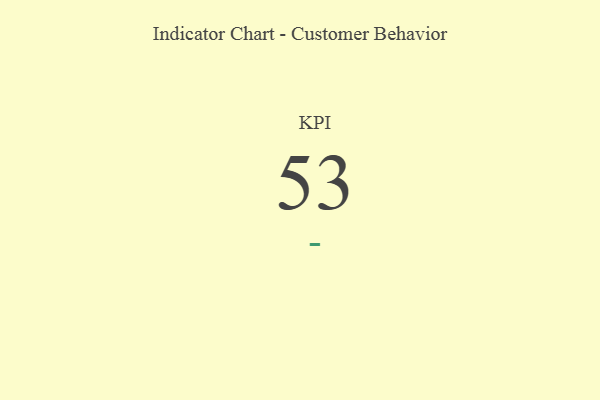
{"axis": {"x": "KPI", "y": "Value"}, "legend": [""], "data": [{"x": "KPI", "y": 53, "type": ""}]}